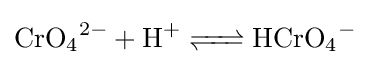
{\ce {CrO4^2- + H+ <=> HCrO4-}}